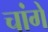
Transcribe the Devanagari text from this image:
चांगे